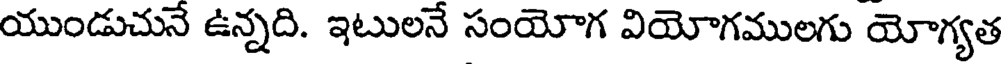
యుండుచునే ఉన్నది. ఇటులనే సంయోగ వియోగములగు యోగ్యత